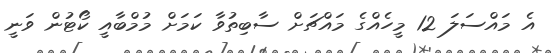
އެ މައްސަލަ 12 މީހެއްގެ މައްޗަށް ސާބިތުވާ ކަމަށް މުމްބާއީ ކޯޓުން ވަނީ